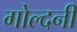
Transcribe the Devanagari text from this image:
गोल्दनी